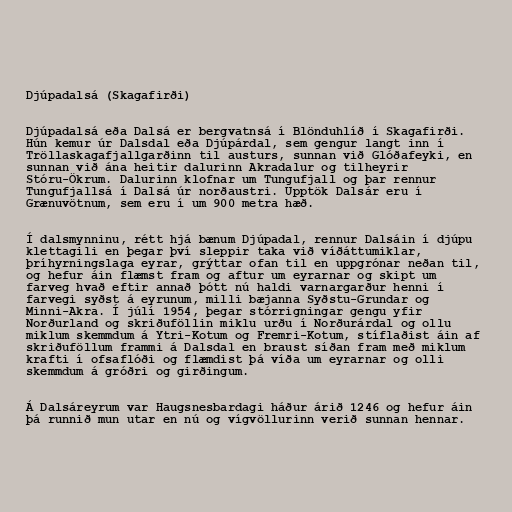
Djúpadalsá (Skagafirði)

Djúpadalsá eða Dalsá er bergvatnsá í Blönduhlíð í Skagafirði.
Hún kemur úr Dalsdal eða Djúpárdal, sem gengur langt inn í
Tröllaskagafjallgarðinn til austurs, sunnan við Glóðafeyki, en
sunnan við ána heitir dalurinn Akradalur og tilheyrir
Stóru-Ökrum. Dalurinn klofnar um Tungufjall og þar rennur
Tungufjallsá í Dalsá úr norðaustri. Upptök Dalsár eru í
Grænuvötnum, sem eru í um 900 metra hæð.

Í dalsmynninu, rétt hjá bænum Djúpadal, rennur Dalsáin í djúpu
klettagili en þegar því sleppir taka við víðáttumiklar,
þríhyrningslaga eyrar, grýttar ofan til en uppgrónar neðan til,
og hefur áin flæmst fram og aftur um eyrarnar og skipt um
farveg hvað eftir annað þótt nú haldi varnargarður henni í
farvegi syðst á eyrunum, milli bæjanna Syðstu-Grundar og
Minni-Akra. Í júlí 1954, þegar stórrigningar gengu yfir
Norðurland og skriðuföllin miklu urðu í Norðurárdal og ollu
miklum skemmdum á Ytri-Kotum og Fremri-Kotum, stíflaðist áin af
skriðuföllum frammi á Dalsdal en braust síðan fram með miklum
krafti í ofsaflóði og flæmdist þá víða um eyrarnar og olli
skemmdum á gróðri og girðingum.

Á Dalsáreyrum var Haugsnesbardagi háður árið 1246 og hefur áin
þá runnið mun utar en nú og vígvöllurinn verið sunnan hennar.